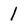
Character: 1